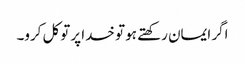
اگر ایمان رکھتے ہو تو خدا پر توکل کرو۔